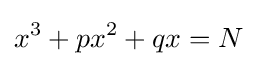
x^{3}+px^{2}+qx=N